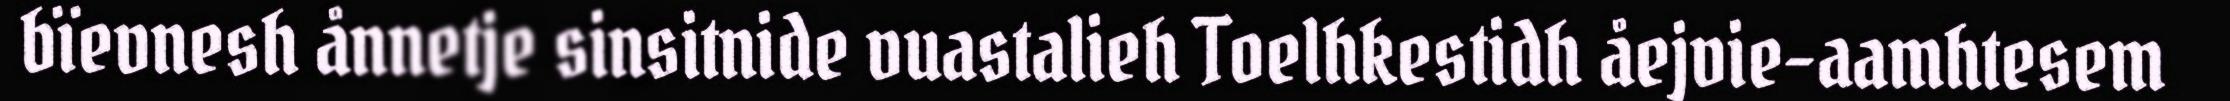
bïevnesh ånnetje sinsitnide vuastalieh Toelhkestidh åejvie-aamhtesem